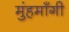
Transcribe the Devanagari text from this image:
मुंहमाँगी